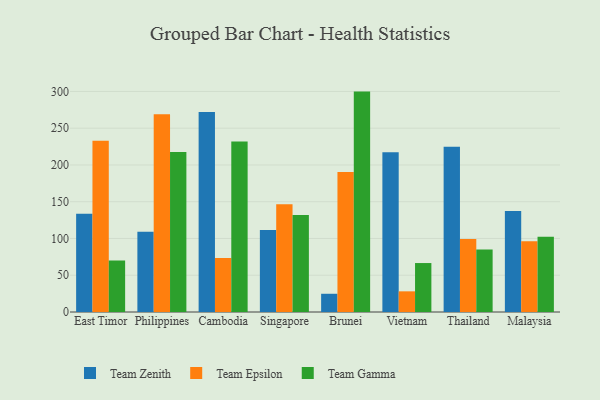
{"axis": {"x": "Country", "y": "Website Visitors"}, "legend": ["Team Epsilon", "Team Gamma", "Team Zenith"], "data": [{"x": "East Timor", "y": 133.6, "type": "Team Zenith"}, {"x": "East Timor", "y": 232.8, "type": "Team Epsilon"}, {"x": "East Timor", "y": 69.9, "type": "Team Gamma"}, {"x": "Philippines", "y": 109.3, "type": "Team Zenith"}, {"x": "Philippines", "y": 268.9, "type": "Team Epsilon"}, {"x": "Philippines", "y": 217.8, "type": "Team Gamma"}, {"x": "Cambodia", "y": 272.2, "type": "Team Zenith"}, {"x": "Cambodia", "y": 73.5, "type": "Team Epsilon"}, {"x": "Cambodia", "y": 232.0, "type": "Team Gamma"}, {"x": "Singapore", "y": 111.7, "type": "Team Zenith"}, {"x": "Singapore", "y": 146.6, "type": "Team Epsilon"}, {"x": "Singapore", "y": 131.9, "type": "Team Gamma"}, {"x": "Brunei", "y": 24.8, "type": "Team Zenith"}, {"x": "Brunei", "y": 190.4, "type": "Team Epsilon"}, {"x": "Brunei", "y": 299.8, "type": "Team Gamma"}, {"x": "Vietnam", "y": 217.4, "type": "Team Zenith"}, {"x": "Vietnam", "y": 28.1, "type": "Team Epsilon"}, {"x": "Vietnam", "y": 66.6, "type": "Team Gamma"}, {"x": "Thailand", "y": 224.7, "type": "Team Zenith"}, {"x": "Thailand", "y": 99.4, "type": "Team Epsilon"}, {"x": "Thailand", "y": 85.0, "type": "Team Gamma"}, {"x": "Malaysia", "y": 137.3, "type": "Team Zenith"}, {"x": "Malaysia", "y": 96.3, "type": "Team Epsilon"}, {"x": "Malaysia", "y": 102.3, "type": "Team Gamma"}]}